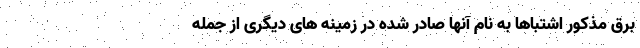
برق مذکور اشتباها به نام آنها صادر شده در زمینه های دیگری از جمله